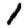
Digit: 1